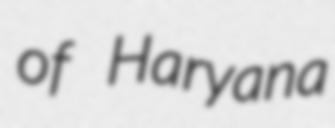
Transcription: of Haryana